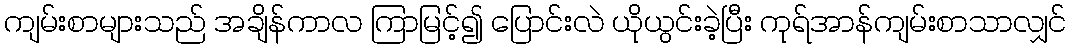
ကျမ်းစာများသည် အချိန်ကာလ ကြာမြင့်၍ ပြောင်းလဲ ယိုယွင်းခဲ့ပြီး ကုရ်အာန်ကျမ်းစာသာလျှင်